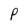
Character: P